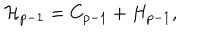
{ \cal H } _ { p - 1 } = C _ { p - 1 } + H _ { p - 1 } ,